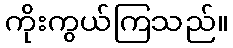
ကိုးကွယ်ကြသည်။